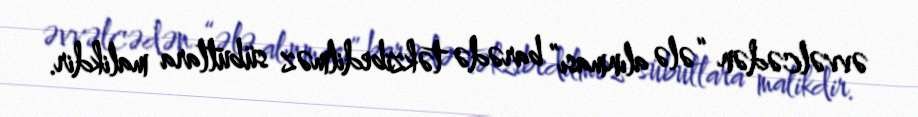
əvvəlcədən “ələ alınması” barədə təkzibedilməz sübutlara malikdir.